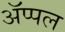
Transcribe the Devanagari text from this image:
ॲप्पल